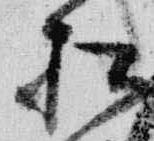
松